Vital statistics of India. Vol. VI, European troops 1870-79
Year: 1870
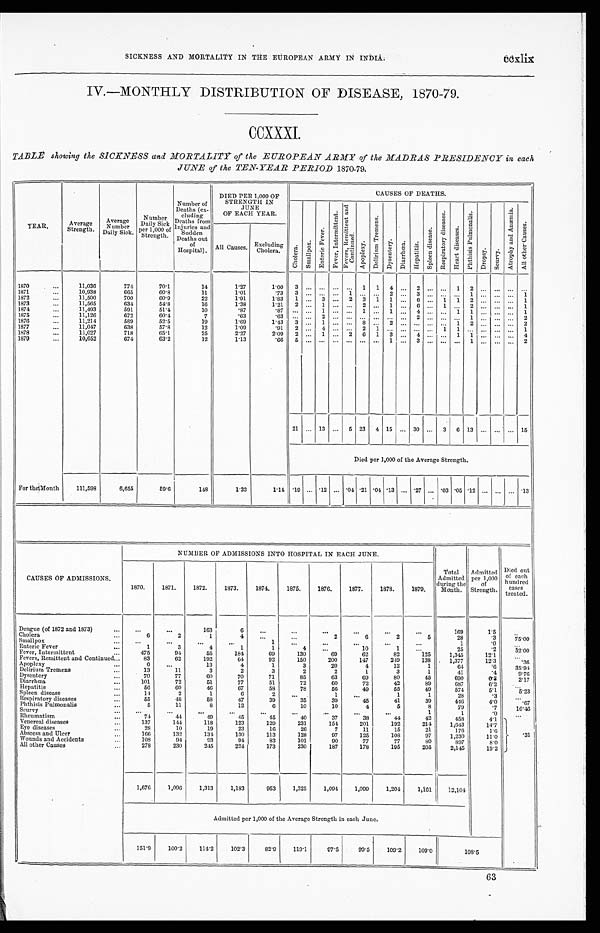
SICKNESS AND MORTALITY IN THE EUROPEAN ARMY IN INDIA.
ccxlix
IV.-MONTHLY DISTRIBUTION OF DISEASE, 1870-79.
CCXXXI.
TABLE showing the SICKNESS and MORTALITY of
the
EUROPEAN
ARMY
of
the
MADRAS
PRESIDENCY
in
each
JUNE of the TEN-YEAR PERIOD 1870-79,
YEAR.
Average
Strength.
Average
N u m b e r
DailyS i c k .
N
u m b e r D a i l y S i c k
per 1,000 of
Strength.
Number of
Deaths (ex-
cluding
Deaths from
Injuries and
Sudden
Deaths out
of
Hospital).
D I E D P E R 1 , 0 0 0 O F
STRENGTH IN
JUNE
OF EACH YEAR.
CAUSES OF DEATHS.
C h o l e r a .
S m a l l p o x .
E n t e r i c F e v e r .
F e v e r , I n t e r m i t t e n t .
F e v e r s , R e m i t t e n t a n d C o n t i n u e d .
A p o p l e x y .
D e l i r i u m T r e m e n s .
Dysentery.
Di ar r hœa.
H e p a t i t i s .
S p l e e n d i s e a s e .
Respi r at or y di seases.
H e a r t d i s e a s e s .
P h t h i s i s P u l m o n a l i s .
D r o p s y .
Scurvy.
At r ophy and Anæmi a.
Al l ot her Causes.
All Causes.
Excluding
Cholera.
1870
...
11,036
774
70.1
14
1.27
1 . 0 0
3
...
... ...
...
1
1
4
...
2
... ...
1
2
...
...
... ...
1871
...
10,938
665
60.8
11
1.01
.73
3
...
... ...
1
...
. . . 2
...
3
...
...
...
1
...
...
...
1
1872
...
11,500
700
60.9
22
1.91
1.83
1
...
3
...
2
3
1
1
...
6
...
1
1
2
...
...
...
1
1873
...
11,565
634
54.8
16
1.38
1 . 2 1
2
...
1 ...
...
2
...
1
...
6
... 1
...
2
...
...
... 1
1874
...
11,493
591
51.4
10
.87
. 87
... ...
1 ...
...
1
...
1
...
4
... ...
1
1
...
...
... 1
1875
...
11,126
672
60.4
7
.63
. 63
... ...
2 ...
...
... ...
...
...
2
... ...
...
1
...
...
... 2
1876
...
11,214
589
52.5
19
1.69
1.43
3
...
1 ...
...
8
...
2
...
...
... ...
1
2
...
...
...
2
1877
...
11,047
638
57.8
12
1.09
.91
2
...
4 ...
...
2
1
...
...
. . .
... 1
1
...
...
...
... 1
1878
...
11,027
718
65.1
25
2.27
2.09
2
...
1
...
2
6
1
3
...
4
...
...
1
1
...
...
...
4
1879
10,652
674
63.2
12
1.13
. 66
5
...
... ...
...
...
... 1
...
3
... ...
...
1
...
...
... 2
21
...
13
...
5
23
4
15
...
30
...
3
6
13
...
...
...
15
Died per 1,000 of the Average Strength.
For the Month
111,598
6,655
59.6
148
1.33
1.14
.19
...
.12
...
. 0 4
.21
.04
.13
...
.27
...
.03
.05
.12
...
...
...
.13
CAUSES OF ADMISSIONS.
NUMBER OF ADMISSIONS INTO HOSPITAL IN EACH JUNE.
Total
Admitted
during the
Month.
Admitted
per 1,000
of
Strength.
Died out
of each
hundred
cases
treated.
1870.
1871.
1872.
1873.
1874.
1875.
1876.
1877.
1878.
1879.
Dengue (of 1872 and 1873)
...
...
...
163
6
...
...
...
...
...
...
169
1.5
...
Cholera
...
6
2
1
4
...
...
2
6
2
5
28
.3
75.00
Smallpox
...
...
...
...
...
1
...
...
...
...
...
1
.0
. . .
Enteric Fever
...
1
3
4
1
1
4
...
10
1
...
25
.2
52.00
Fever, Intermittent
...
475
94
55
184
69
130
69
62
82
125
1,345
12.1
. . .
Fevers, Remittent and Continued
...
83
62
192
64
92
150
200
147
249
138
1,377
12.3
.36
Apoplexy
...
6
...
13
4
1
3
20
4
12
1
64
.6
35.94
Delirium Tremens
...
13
11
3
2
3
2
2
1
3
1
41
.4
9.76
Dysentery
...
70
77
60
70
71
85
63
69
80
45
690
0.2
2.17
Diarrhœa
...
101
72
51
77
51
72
60
72
42
89
687
6.2
. . .
Hepatitis
...
56
60
46
67
58
78
56
49
55
49
574
5.1
5.23
Spleen disease
...
14
2
1
6
2
. . .
1
...
1
1
28
.3
. . .
Respiratory diseases
...
55
48
58
47
39
35
39
45
41
39
446
4.0
.67
Phthisis Pulmonalis
...
5
11
8
12
6
10
10
4
5
8
79
.7
16.46
Scurv y
...
...
...
...
. . .
. . .
. . .
...
. . .
...
1
1
.0
. . .
Rheumatism
...
74
44
49
45
45
40
37
38
44
42
458
4.1
.31
Venereal diseases
...
137
144
118
123
129
231
154
201
192
214
1,643
14.7
Eye diseases
...
28
10
19
23
16
26
7
11
15
21
176
1.6
Abscess and Ulcer
...
166
132
134
130
113
128
97
125
108
97
1,230
11.0
Wounds and Accidents
...
108
94
93
94
83
101
90
77
77
80
897
8.0
All other Causes
...
278
230
245
224
173
230
187
178
195
205
2,145
19.2
1,676
1,096
1,313
1,183
953
1,325
1,094
1,099
1,204
1,161
12,104
Admitted per 1,000 of the Average Strength in each June.
151.9
100.2
114.2
102.3
82.9
119.1
97.5
99.5
109.2
109.0
108.5
63